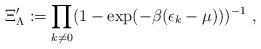
LaTeX: \begin{align*}\Xi^{\prime}_{\Lambda} := \prod_{{k} \ne {0}} (1-\exp(-\beta(\epsilon_{{k}}-\mu)))^{-1} \ ,\end{align*}